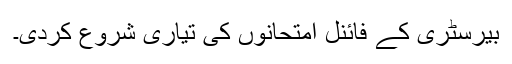
بیرسٹری کے فائنل امتحانوں کی تیاری شروع کردی۔